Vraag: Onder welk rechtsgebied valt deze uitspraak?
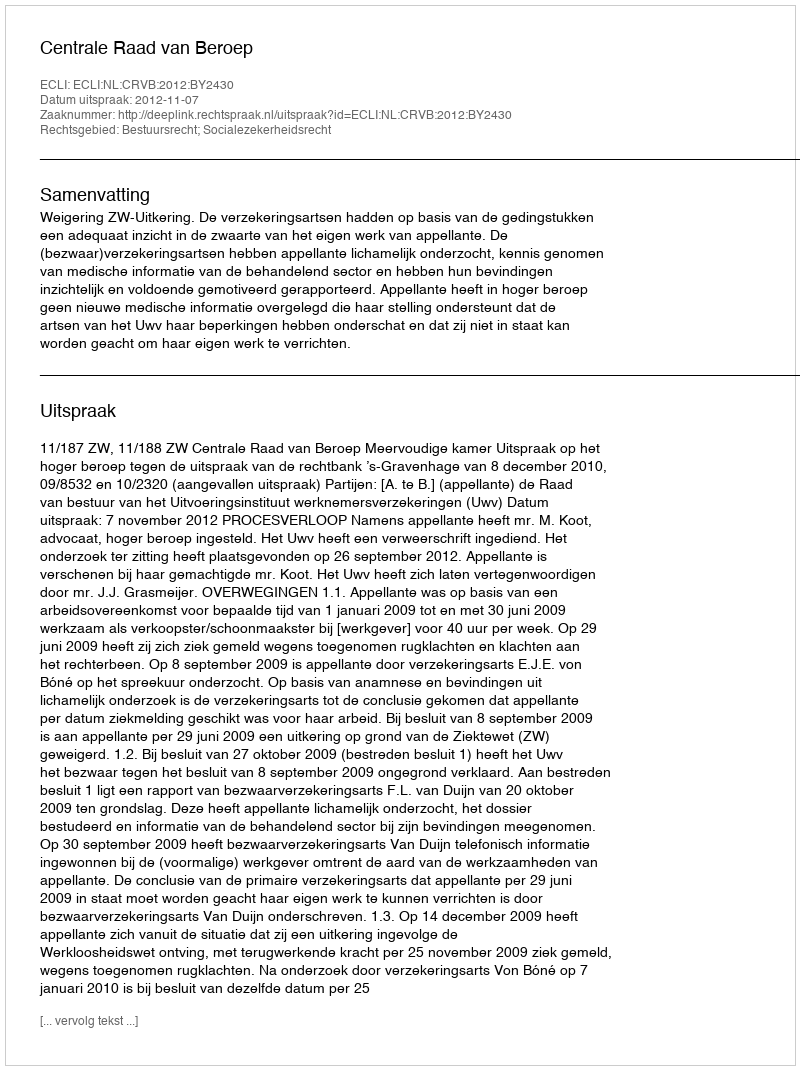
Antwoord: Bestuursrecht; Socialezekerheidsrecht